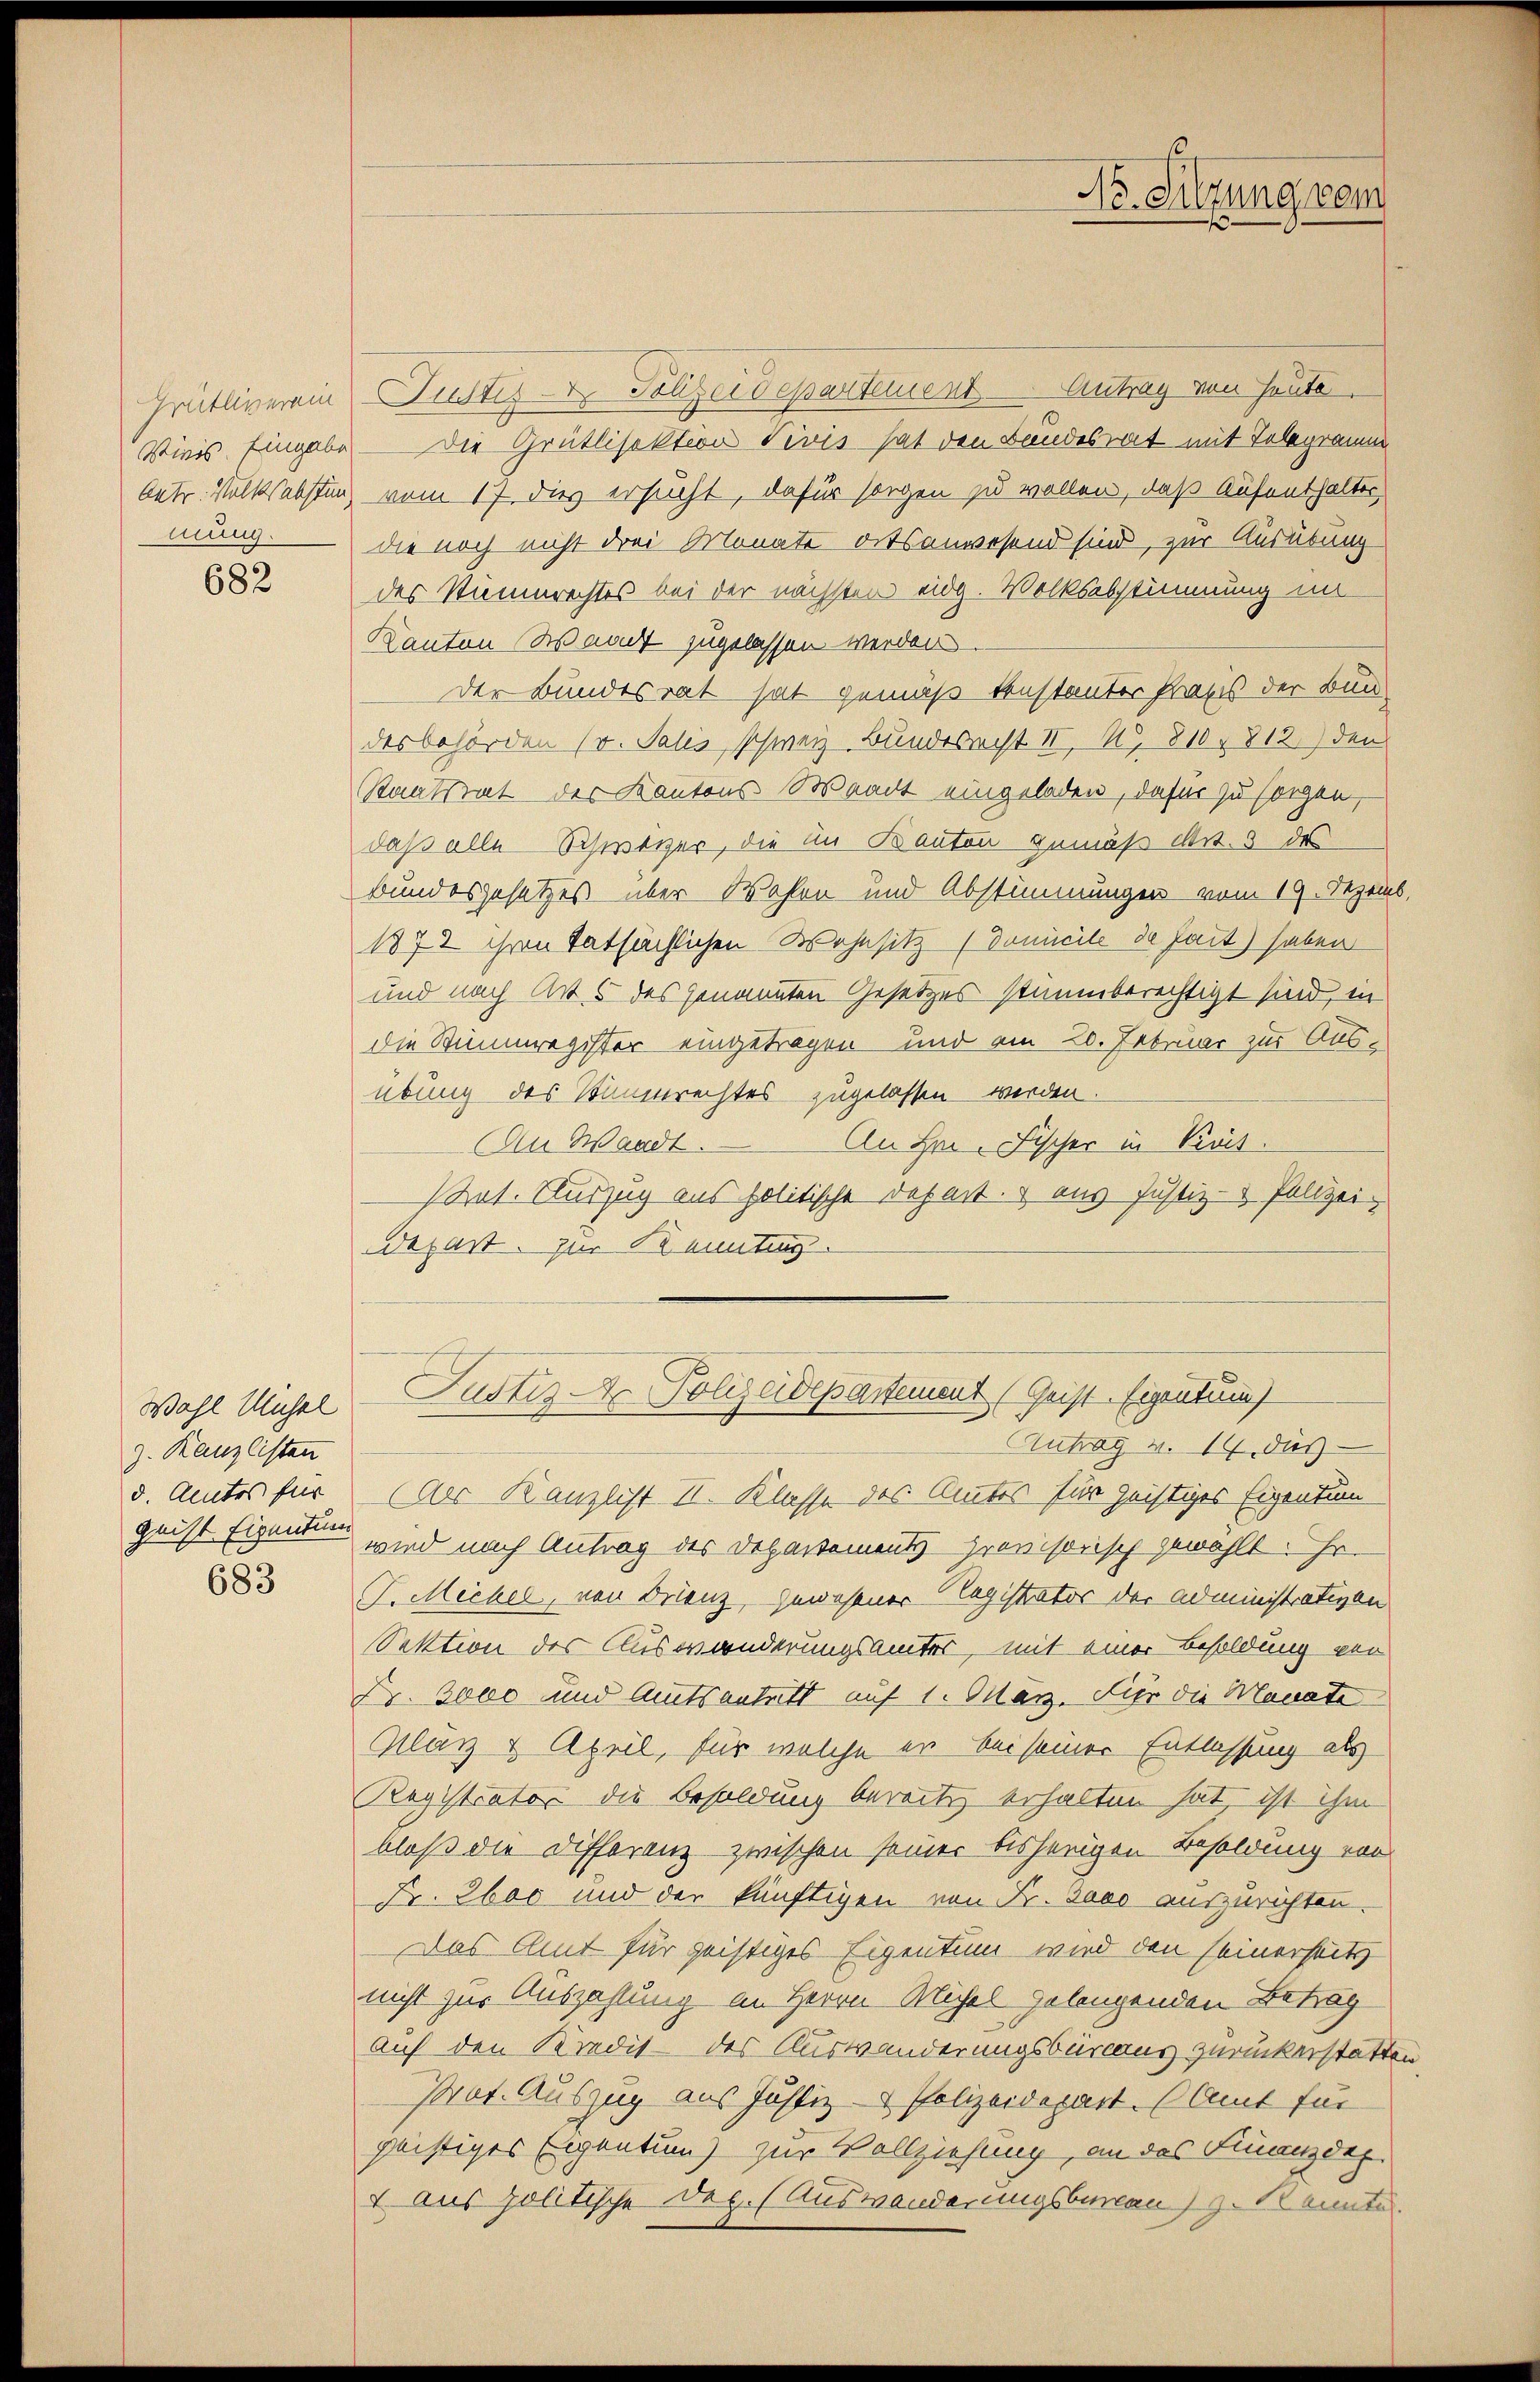
Grütliverein
Vies Eingabe
Antr. Volksabstün

682

Wahl Unsel
z. Kanzlisten
d. Amtes für
683

Nr. Sitzung vom

Justiz- & Polizeidepartement Antrag von heute.
Die Grütlisektion divis hat den Bundesrat mit Telegramm
vom 17 dies ersucht, dafür sorgen zu wollen, daß Aufenthalter
mung. Die noch nicht drei Monate ortsanwesend sind, zur Ausübung
des Stimmrechtes bei der nächsten eidg. Volksabstimmung in
Kanton Waadt zugelassen werden
der Bundesrat hat gemäß konstanter Praxis der Bund
desbehörden (v. Salis, schweiz. Bundesrecht II, 1810. 812) den
Staatsrat des Kantons Waadt eingeladen, dafür zu sorgte,
daß alle Schweizer, die an Kanton gemäß Art. 3 des
Bundesgesetzes über Wahlen und Abstimmungen vom 19. Dezemb
1872 ihren tatsächlichen Wohnsitz (Domicile de heit) haben
und nach Art. 5 des genannten Gesetzes stimmberechtigt sind, in
die Stimmregister eingetragen und ain 20. Februar zur Ausübung des Stimmrechtes zugelassen werden.
An Hrn. Fischer in Krit.
An Waadt.
stet. Auszug aus politische Depart. 4 aus Justiz- & Polizei,
depart. zur Kennting
Justiz - Polizeidepartement Geist-Eigentum
Antrag v. 14 des
Aer Kanzlist II. Klasse des Amtes für geistiges Eigentum
geist Eigenten wird nach Antrag des Departementsprovisorisch gewählt: Hr.
F. Michel, von Frienz, gewesener Registrator der Administrativen
Sektion des Auswanderungsamtes, mit einer Besoldung ver
Fr. 2000 und Amtsantritt auf 1. März. Nur die Manate
Klar & April, für welche er bei seiner Entlassung als
Registrator die Besoldung bereits erhalten hat, ist ihm
bloß die Differenz zwischen seiner bisherigen Besoldung von
Fr. Ebec und der künftigen von Fr. Jaco auszurichten.
Das Amt für geistiges Eigentum wird den seinerseits
nicht zur Auszahlung an Herrn Michel gelangenden Betrag
Auf den Kredit des Auswanderungsburcaus zurückerstatten
Prat. Auszug aus Justiz- & Polizeidepart. (Amt für
süchtiges Eigentum) zur Vollziehung, an das Finanzdep
1 aus politische Dec. (Auswanderungsbureau) z. Konnte.